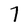
Character: 7